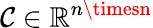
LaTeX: \mathcal{C}\in\mathbb{{R}}^{n\timesn}